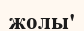
жолы'